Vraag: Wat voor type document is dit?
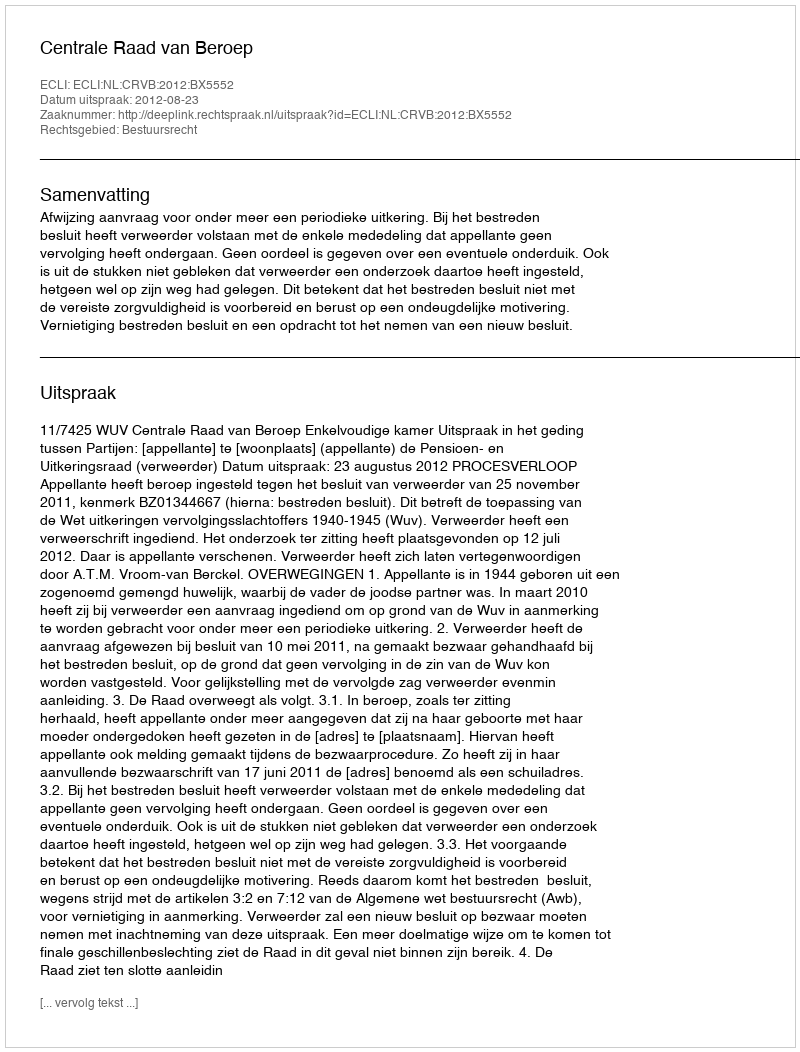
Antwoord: Uitspraak